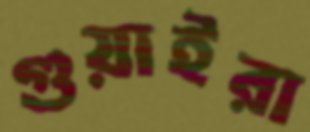
গুয়াইরা